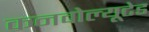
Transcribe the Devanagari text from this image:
कनवोल्यूटेड